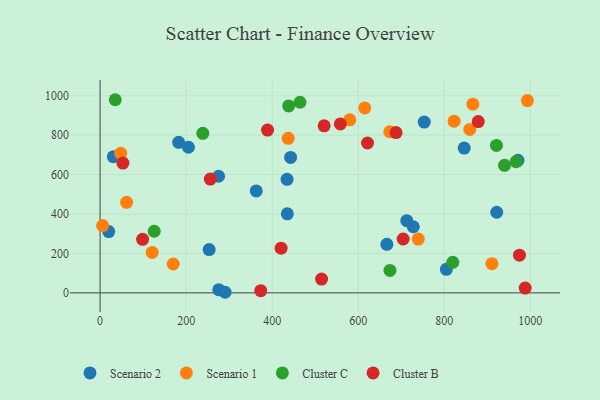
{"axis": {"x": "Experience", "y": "Rating"}, "legend": ["Cluster B", "Cluster C", "Scenario 1", "Scenario 2"], "data": [{"x": "434.5", "y": 575.8, "type": "Scenario 2"}, {"x": "205.4", "y": 738.7, "type": "Scenario 2"}, {"x": "290.7", "y": 2.9, "type": "Scenario 2"}, {"x": "253.5", "y": 219.6, "type": "Scenario 2"}, {"x": "971.2", "y": 672.6, "type": "Scenario 2"}, {"x": "846.3", "y": 734.7, "type": "Scenario 2"}, {"x": "30.7", "y": 690.4, "type": "Scenario 2"}, {"x": "20.1", "y": 310.7, "type": "Scenario 2"}, {"x": "275.9", "y": 16.0, "type": "Scenario 2"}, {"x": "712.8", "y": 366.0, "type": "Scenario 2"}, {"x": "753.4", "y": 866.6, "type": "Scenario 2"}, {"x": "804.8", "y": 119.2, "type": "Scenario 2"}, {"x": "666.5", "y": 246.4, "type": "Scenario 2"}, {"x": "921.9", "y": 408.9, "type": "Scenario 2"}, {"x": "435.2", "y": 401.1, "type": "Scenario 2"}, {"x": "182.6", "y": 763.6, "type": "Scenario 2"}, {"x": "728.0", "y": 335.4, "type": "Scenario 2"}, {"x": "275.3", "y": 591.6, "type": "Scenario 2"}, {"x": "442.8", "y": 687.3, "type": "Scenario 2"}, {"x": "362.9", "y": 517.3, "type": "Scenario 2"}, {"x": "580.4", "y": 877.7, "type": "Scenario 1"}, {"x": "866.5", "y": 957.3, "type": "Scenario 1"}, {"x": "859.3", "y": 829.0, "type": "Scenario 1"}, {"x": "739.5", "y": 272.8, "type": "Scenario 1"}, {"x": "673.3", "y": 817.4, "type": "Scenario 1"}, {"x": "61.7", "y": 459.1, "type": "Scenario 1"}, {"x": "437.2", "y": 783.9, "type": "Scenario 1"}, {"x": "121.1", "y": 205.2, "type": "Scenario 1"}, {"x": "993.1", "y": 975.7, "type": "Scenario 1"}, {"x": "47.9", "y": 707.9, "type": "Scenario 1"}, {"x": "615.2", "y": 938.0, "type": "Scenario 1"}, {"x": "910.7", "y": 148.1, "type": "Scenario 1"}, {"x": "169.9", "y": 146.3, "type": "Scenario 1"}, {"x": "5.9", "y": 341.4, "type": "Scenario 1"}, {"x": "822.8", "y": 870.9, "type": "Scenario 1"}, {"x": "819.7", "y": 155.1, "type": "Cluster C"}, {"x": "967.0", "y": 665.7, "type": "Cluster C"}, {"x": "125.8", "y": 312.6, "type": "Cluster C"}, {"x": "921.2", "y": 747.9, "type": "Cluster C"}, {"x": "35.3", "y": 979.8, "type": "Cluster C"}, {"x": "238.7", "y": 809.4, "type": "Cluster C"}, {"x": "438.3", "y": 948.5, "type": "Cluster C"}, {"x": "940.1", "y": 647.0, "type": "Cluster C"}, {"x": "673.7", "y": 113.6, "type": "Cluster C"}, {"x": "464.5", "y": 967.0, "type": "Cluster C"}, {"x": "704.4", "y": 273.2, "type": "Cluster B"}, {"x": "389.2", "y": 826.0, "type": "Cluster B"}, {"x": "878.9", "y": 869.1, "type": "Cluster B"}, {"x": "514.8", "y": 69.7, "type": "Cluster B"}, {"x": "558.4", "y": 856.8, "type": "Cluster B"}, {"x": "988.0", "y": 24.1, "type": "Cluster B"}, {"x": "974.7", "y": 191.2, "type": "Cluster B"}, {"x": "520.8", "y": 847.2, "type": "Cluster B"}, {"x": "256.2", "y": 577.4, "type": "Cluster B"}, {"x": "420.7", "y": 226.8, "type": "Cluster B"}, {"x": "98.8", "y": 271.3, "type": "Cluster B"}, {"x": "373.4", "y": 11.1, "type": "Cluster B"}, {"x": "53.0", "y": 658.4, "type": "Cluster B"}, {"x": "687.8", "y": 813.0, "type": "Cluster B"}, {"x": "621.5", "y": 760.2, "type": "Cluster B"}]}